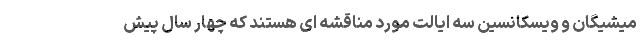
میشیگان و ویسکانسین سه ایالت مورد مناقشه ای هستند که چهار سال پیش